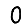
Digit: 0